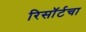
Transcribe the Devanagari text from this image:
रिसॉर्टचा